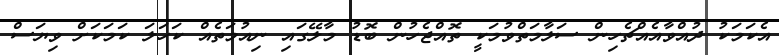
އެކަމަކު ދުއްވާއެއްޗެހިން ސަލާމަތްވުމަކީ ތޮއްޖެހުން ބޮޑު މާލޭގައި ނިއުމަތެއް ކަހަލަ ކަމަކަށް ވިޔަސް